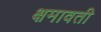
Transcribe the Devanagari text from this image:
क्षमावती